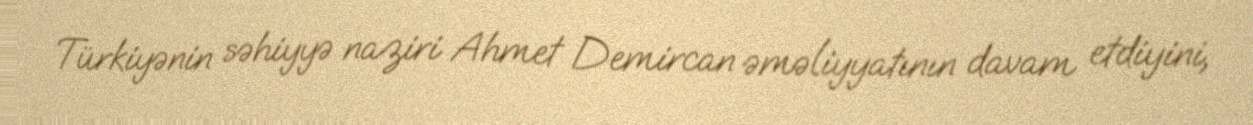
Türkiyənin səhiyyə naziri Ahmet Demircan əməliyyatının davam etdiyini,